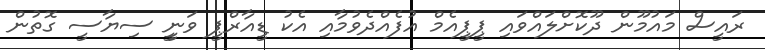
ރައީސް މައުމޫން ދޫކޮށްލައްވައި ޕީޕީއެމް އުފެއްދެވުމާއި އެކު ޑީއާރްޕީ ވަނީީ ސިޔާސީ ގޮތުން